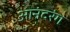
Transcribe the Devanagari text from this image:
आनंदरंग